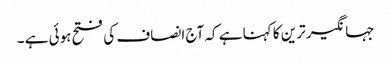
جہانگیر ترین کا کہنا ہے کہ آج انصاف کی فتح ہوئی ہے ۔